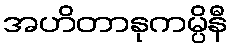
အဟိတာနုကမ္ပိနီ